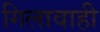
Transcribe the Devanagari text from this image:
गिलावाही